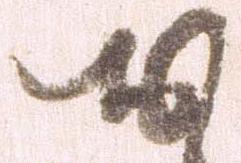
お